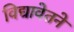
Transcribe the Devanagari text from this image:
विद्यावेतने